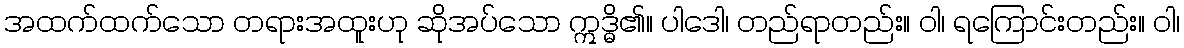
အထက်ထက်သော တရားအထူးဟု ဆိုအပ်သော ဣဒ္ဓိ၏။ ပါဒေါ၊ တည်ရာတည်း။ ဝါ၊ ရကြောင်းတည်း။ ဝါ၊